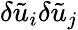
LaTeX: \delta\tilde{{u}}_{i}\delta\tilde{{u}}_{j}